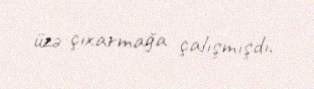
üzə çıxarmağa çalışmışdı.